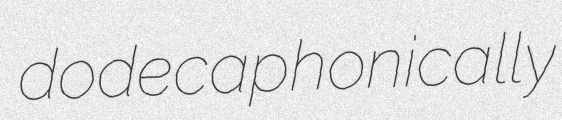
dodecaphonically